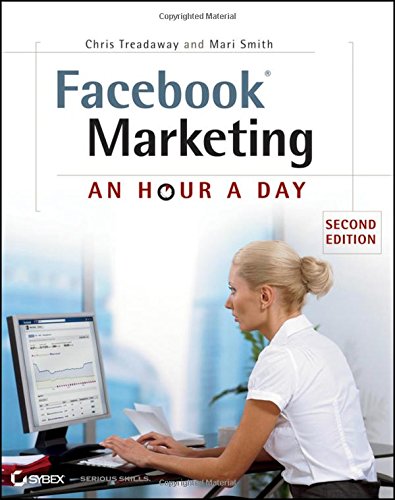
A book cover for Facebook Marketing: An Hour a Day; Chris Treadaway; Computers & Technology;